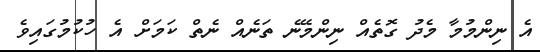
އެ ނިންމުމާ މެދު ގޮތެއް ނިންމޭނެ ތަނެއް ނެތް ކަމަށް އެ ހުކުމުގައިވެ